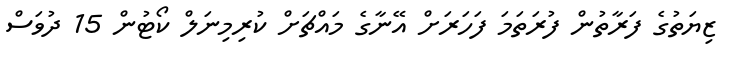
ޒިޔަތުގެ ފަރާތުުން ފުރަތަމަ ފަހަރަށް އޭނާގެ މައްޗަށް ކުރިމިނަލް ކޯޓުން 15 ދުވަސް